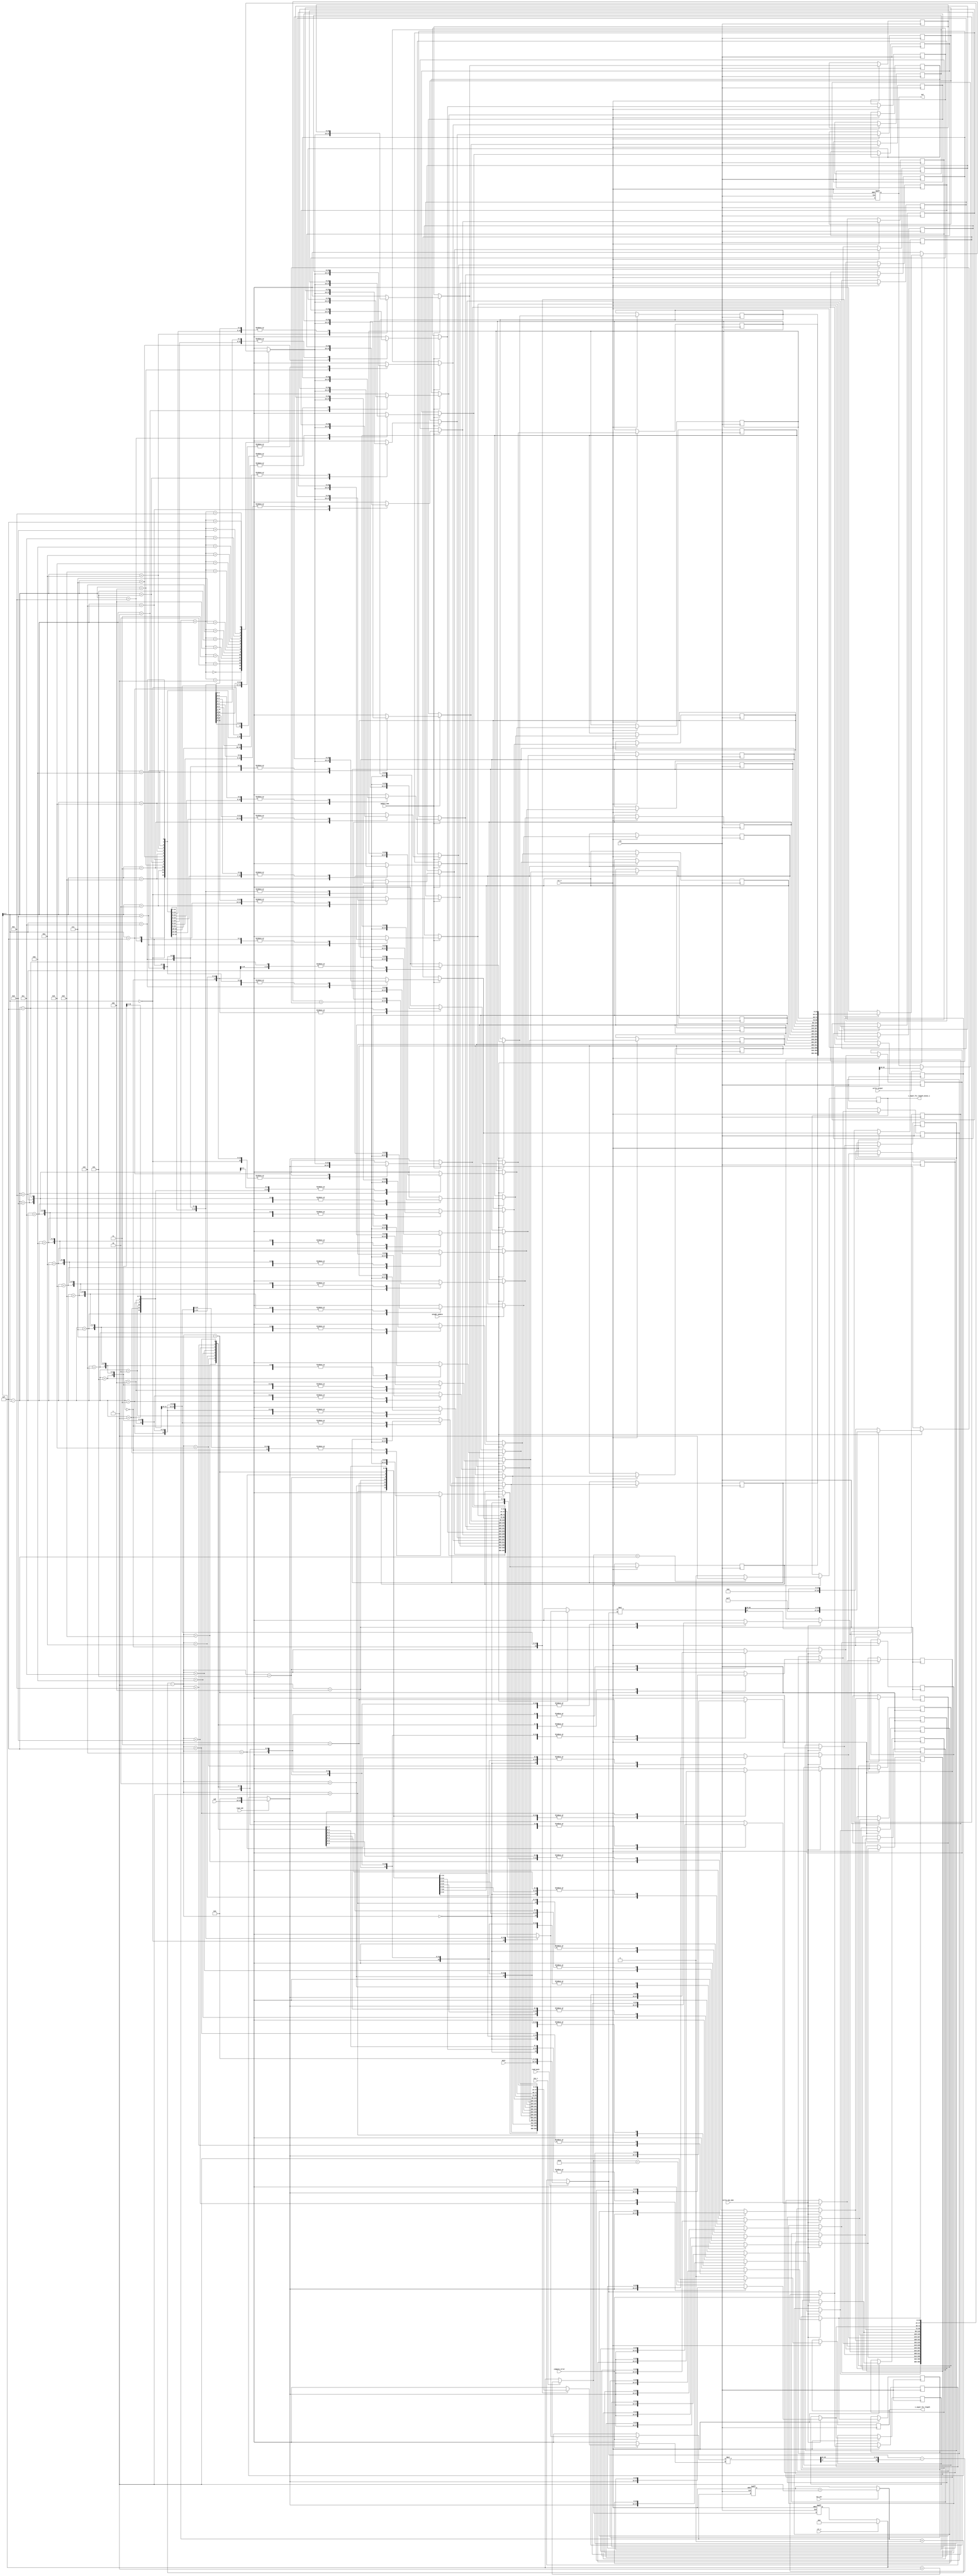
module datapath#(
					parameter wordsize = 8,
					parameter datasize = 24,
					parameter fir_length = 16
					)
				(
					input clk,
					input rst_n,
					input signed [wordsize - 1 : 0] main,
					input signed [wordsize - 1 : 0] sub,
					input inc_i,
					input clr_i,
					input read_main,
					input read_sub,
					input inc_ptr,
					input write_new_mem,
					input update_mem,
					input weight_update,
					input compute_error,
					input write_output,
					
					output reg signed [wordsize - 1 : 0]out,
					output reg i_equal_fir_length,
					output reg i_equal_fir_length_minus_1
					);
	localparam 	ptr_length = 4;								// do dai con tro, khai bao ham noi bo
	localparam	mem_length = 2**ptr_length;					// do dai memory
					
	reg signed 		[datasize - 1:0] 	mem [mem_length - 1:0];
	reg signed		[datasize - 1:0]	weightFIR[fir_length - 1:0];
	reg signed		[datasize - 1:0] 	u [fir_length - 1:0] ;	
	reg signed		[datasize - 1:0] 	error = 0;
	reg signed		[datasize - 1:0] 	out_mult = 0;
	reg 			[ptr_length:0] 		i = 0;
	reg  			[ptr_length - 1:0] 	ptr = 0;	
	reg				[ptr_length - 1:0] 	ptr2 = 0;	
	reg signed		[2*datasize - 1:0] 	mult_out = 0;
	integer 		k;
	// khai bao dieu kien dau
	initial begin
	for (k = 0; k<mem_length;k=k+1) begin
		mem [k] = 0;
	end
	for (k = 0; k<fir_length;k=k+1) begin
		weightFIR [k] = 0;
	end
	for (k = 0; k<fir_length;k=k+1) begin
		u[k] = 0;
	end
	end
	
	
	always @ (posedge clk or negedge rst_n) begin
		if (rst_n == 0) 
			begin 
				i <= 0;
				out <= 0; 
				ptr <= 0;
			end
		else
			begin
				if (clr_i) i = 0;
				// them 16 bit 0 vao ben phi  khi thc hin php tnh c  chnh xc cao hn 
				if (read_main) error = {main, 16'b0};
				if (read_sub) u[fir_length - 1] =  {sub, 16'b0};
				if (inc_ptr) ptr = ptr + 1;	
				if (write_new_mem) 
					begin
						//luu gia tri vao memory theo cach circle buffer, tuc la chi can thay gia tri moi nhat vao gia tri cu nhat trong buffer
						//con tro ptr tang them 1 qua moi lan update, se reset bang 0 khi bang 15 + 1
						//con tro ptr2 de gan gia tri do khong gan duoc mem[ptr + fir_length - 1], cng s reset khi vt qu 15 
						ptr2 = ptr + fir_length - 1;
						mem[ptr2] = u[fir_length - 1];
					end	
				
				if (update_mem)
					begin
						ptr2 = ptr + i;
						u[i] = mem [ptr2];
					end	
				if (weight_update) 
					begin
						mult_out = u[i]*error;
						out_mult = {mult_out[2*datasize-1], mult_out[2*datasize-3:datasize-1]}; 	// ly bit du v b i 23 bit(7 bit do lng t ha, 16 bit do php nhn)
						
						// dich phai 6 bit (phep chia), php >>> khng hot ng
						if(out_mult[datasize-1])out_mult = {out_mult[datasize-1],6'b111111,out_mult[datasize-2:6]};
						else out_mult = {out_mult[datasize-1],6'b0,out_mult[datasize-2:6]};
						
						// cap nhat he so cua bo loc
						weightFIR[fir_length-1-i] = weightFIR[fir_length-1-i] + out_mult;
					end
				// tinh toan dau ra	
				if (compute_error)
					begin 
						mult_out = u[i]*weightFIR[fir_length-1-i];
						out_mult = {mult_out[2*datasize-1], mult_out[2*datasize-3:datasize-1]};
						error = error - out_mult;
					end	
				// ghi u ra, ch ly 8 bit u bn tri	
				if (write_output) out = error [datasize-1:datasize-wordsize];
				if (inc_i) i = i+1;	
				if (i == fir_length) i_equal_fir_length = 1;
					else i_equal_fir_length = 0;
				if (i == fir_length - 1) i_equal_fir_length_minus_1 = 1;
					else i_equal_fir_length_minus_1 = 0;
				
			end
	end				
endmodule